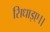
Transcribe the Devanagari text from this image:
सिधाइए।।